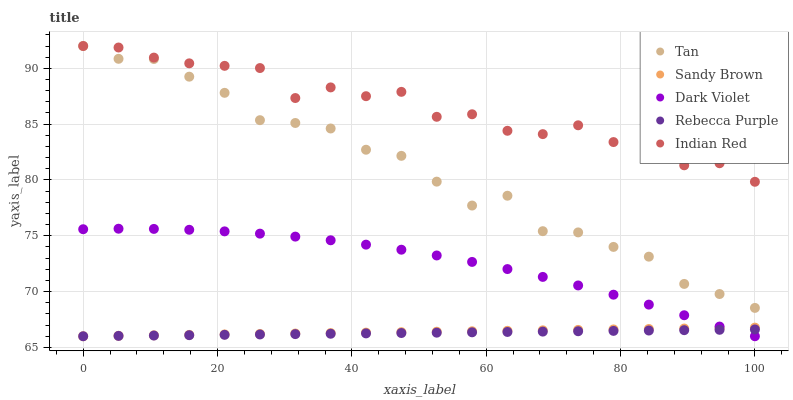
| xaxis_label | Tan | Sandy Brown | Dark Violet | Rebecca Purple | Indian Red |
 | --- | --- | --- | --- | --- | --- |
 | 0 | 92 | 66 | 75.6 | 66 | 92 |
 | 5.26 | 90.9 | 66 | 75.6 | 66 | 91.9 |
 | 10.5 | 90.8 | 66.1 | 75.6 | 66.1 | 91 |
 | 15.8 | 89.3 | 66.1 | 75.5 | 66.1 | 90.4 |
 | 21.1 | 87.8 | 66.2 | 75.4 | 66.1 | 90.2 |
 | 26.3 | 85.4 | 66.2 | 75.2 | 66.2 | 90 |
 | 31.6 | 85.1 | 66.2 | 74.9 | 66.2 | 87.3 |
 | 36.8 | 84.6 | 66.3 | 74.6 | 66.2 | 88.3 |
 | 42.1 | 82.7 | 66.3 | 74.2 | 66.3 | 87.5 |
 | 47.4 | 82.2 | 66.4 | 73.8 | 66.3 | 87.9 |
 | 52.6 | 79.9 | 66.4 | 73.2 | 66.3 | 85.7 |
 | 57.9 | 77.7 | 66.4 | 72.7 | 66.4 | 85.9 |
 | 63.2 | 78.6 | 66.5 | 72 | 66.4 | 84.4 |
 | 68.4 | 75.4 | 66.5 | 71.3 | 66.4 | 84.1 |
 | 73.7 | 75.3 | 66.6 | 70.6 | 66.4 | 84.9 |
 | 78.9 | 74 | 66.6 | 69.7 | 66.5 | 83.4 |
 | 84.2 | 73.1 | 66.7 | 68.8 | 66.5 | 83.9 |
 | 89.5 | 70.7 | 66.7 | 67.9 | 66.5 | 81.3 |
 | 94.7 | 69.8 | 66.7 | 66.9 | 66.6 | 81.5 |
 | 100 | 68.5 | 66.8 | 66 | 66.6 | 79.8 |